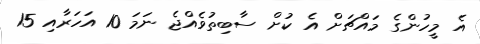
އެ މީހުންގެ މައްޗަށް އެ ކުށް ސާބިތުވެއްޖެ ނަމަ 10 އަހަރާއި 15